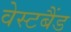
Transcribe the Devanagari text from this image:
वेस्टबैंड